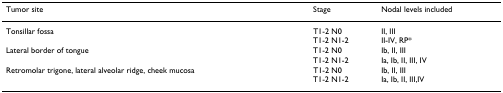
| Tumor site | Stage | Nodal levels included |
 | --- | --- | --- |
 | Tonsillar fossa | T1-2 N0T1-2 N1-2 | II, IIIII-IV, RP* |
 | Lateral border of tongue | T1-2 N0T1-2 N1-2 | Ib, II, IIIIa, Ib, II, III, IV |
 | Retromolar trigone, lateral alveolar ridge, cheek mucosa | T1-2 N0T1-2 N1-2 | Ib, II, IIIIa, Ib, II, III,IV |